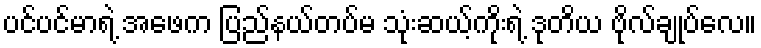
ပင်ပင်မာရဲ့ အဖေက ပြည်နယ်တပ်မ သုံးဆယ့်ကိုးရဲ့ ဒုတိယ ဗိုလ်ချုပ်လေ။